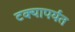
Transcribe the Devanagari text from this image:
टक्यापर्यंत